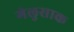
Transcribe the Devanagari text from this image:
गेलुसाक